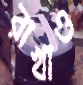
রাখাও